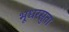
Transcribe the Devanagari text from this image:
भूधरसुता